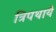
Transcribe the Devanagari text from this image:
त्रिपथायै